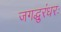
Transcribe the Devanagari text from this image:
जगद्धुरंधरः